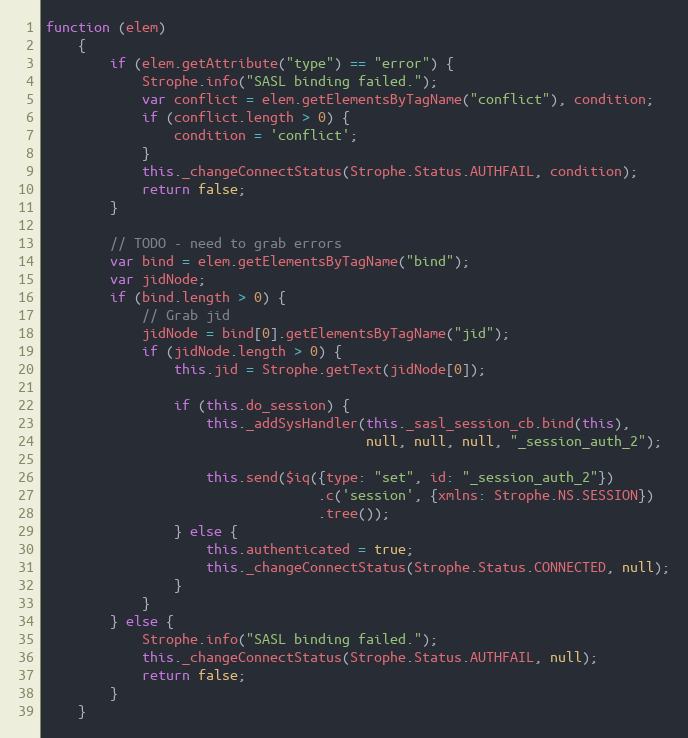
Language: JavaScript
function (elem)
    {
        if (elem.getAttribute("type") == "error") {
            Strophe.info("SASL binding failed.");
            var conflict = elem.getElementsByTagName("conflict"), condition;
            if (conflict.length > 0) {
                condition = 'conflict';
            }
            this._changeConnectStatus(Strophe.Status.AUTHFAIL, condition);
            return false;
        }

        // TODO - need to grab errors
        var bind = elem.getElementsByTagName("bind");
        var jidNode;
        if (bind.length > 0) {
            // Grab jid
            jidNode = bind[0].getElementsByTagName("jid");
            if (jidNode.length > 0) {
                this.jid = Strophe.getText(jidNode[0]);

                if (this.do_session) {
                    this._addSysHandler(this._sasl_session_cb.bind(this),
                                        null, null, null, "_session_auth_2");

                    this.send($iq({type: "set", id: "_session_auth_2"})
                                  .c('session', {xmlns: Strophe.NS.SESSION})
                                  .tree());
                } else {
                    this.authenticated = true;
                    this._changeConnectStatus(Strophe.Status.CONNECTED, null);
                }
            }
        } else {
            Strophe.info("SASL binding failed.");
            this._changeConnectStatus(Strophe.Status.AUTHFAIL, null);
            return false;
        }
    }